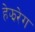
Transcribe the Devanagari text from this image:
हेझरेग